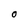
Character: O